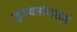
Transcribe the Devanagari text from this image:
दृश्यसंगठन